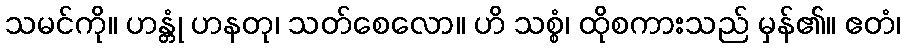
သမင်ကို။ ဟန္တုံ ဟနတု၊ သတ်စေလော။ ဟိ သစ္စံ၊ ထိုစကားသည် မှန်၏။ ဧတံ၊